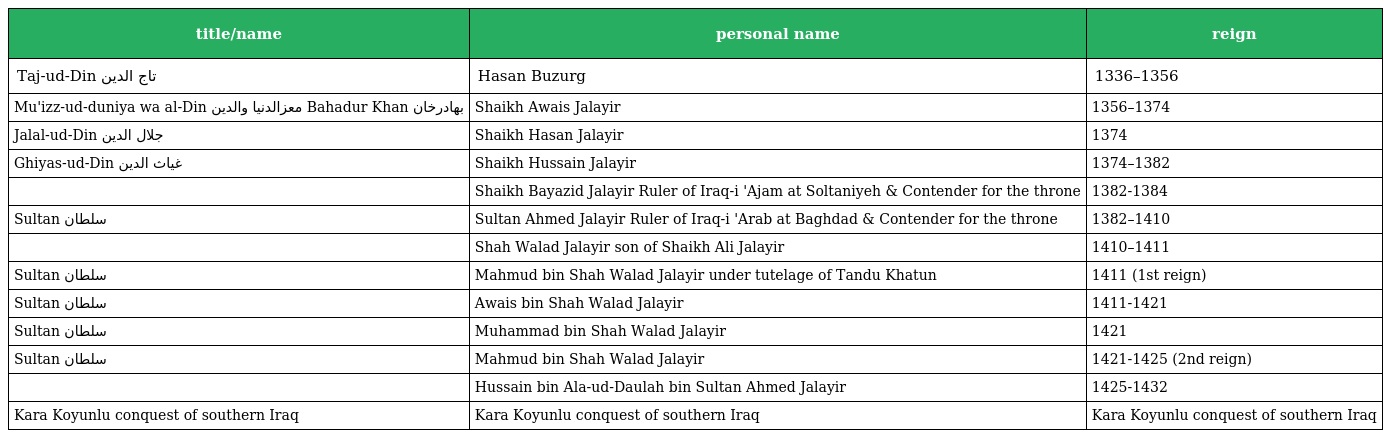
| title/name | personal name | reign |
 | --- | --- | --- |
 | Taj-ud-Din تاج الدین | Hasan Buzurg | 1336–1356 |
 | Mu'izz-ud-duniya wa al-Din معزالدنیا والدین Bahadur Khan بهادرخان | Shaikh Awais Jalayir | 1356–1374 |
 | Jalal-ud-Din جلال الدین | Shaikh Hasan Jalayir | 1374 |
 | Ghiyas-ud-Din ‏غیاث الدین | Shaikh Hussain Jalayir | 1374–1382 |
 |  | Shaikh Bayazid Jalayir Ruler of Iraq-i 'Ajam at Soltaniyeh & Contender for the throne | 1382-1384 |
 | Sultan سلطان | Sultan Ahmed Jalayir Ruler of Iraq-i 'Arab at Baghdad & Contender for the throne | 1382–1410 |
 |  | Shah Walad Jalayir son of Shaikh Ali Jalayir | 1410–1411 |
 | Sultan سلطان | Mahmud bin Shah Walad Jalayir under tutelage of Tandu Khatun | 1411 (1st reign) |
 | Sultan سلطان | Awais bin Shah Walad Jalayir | 1411-1421 |
 | Sultan سلطان | Muhammad bin Shah Walad Jalayir | 1421 |
 | Sultan سلطان | Mahmud bin Shah Walad Jalayir | 1421-1425 (2nd reign) |
 |  | Hussain bin Ala-ud-Daulah bin Sultan Ahmed Jalayir | 1425-1432 |
 | Kara Koyunlu conquest of southern Iraq | Kara Koyunlu conquest of southern Iraq | Kara Koyunlu conquest of southern Iraq |